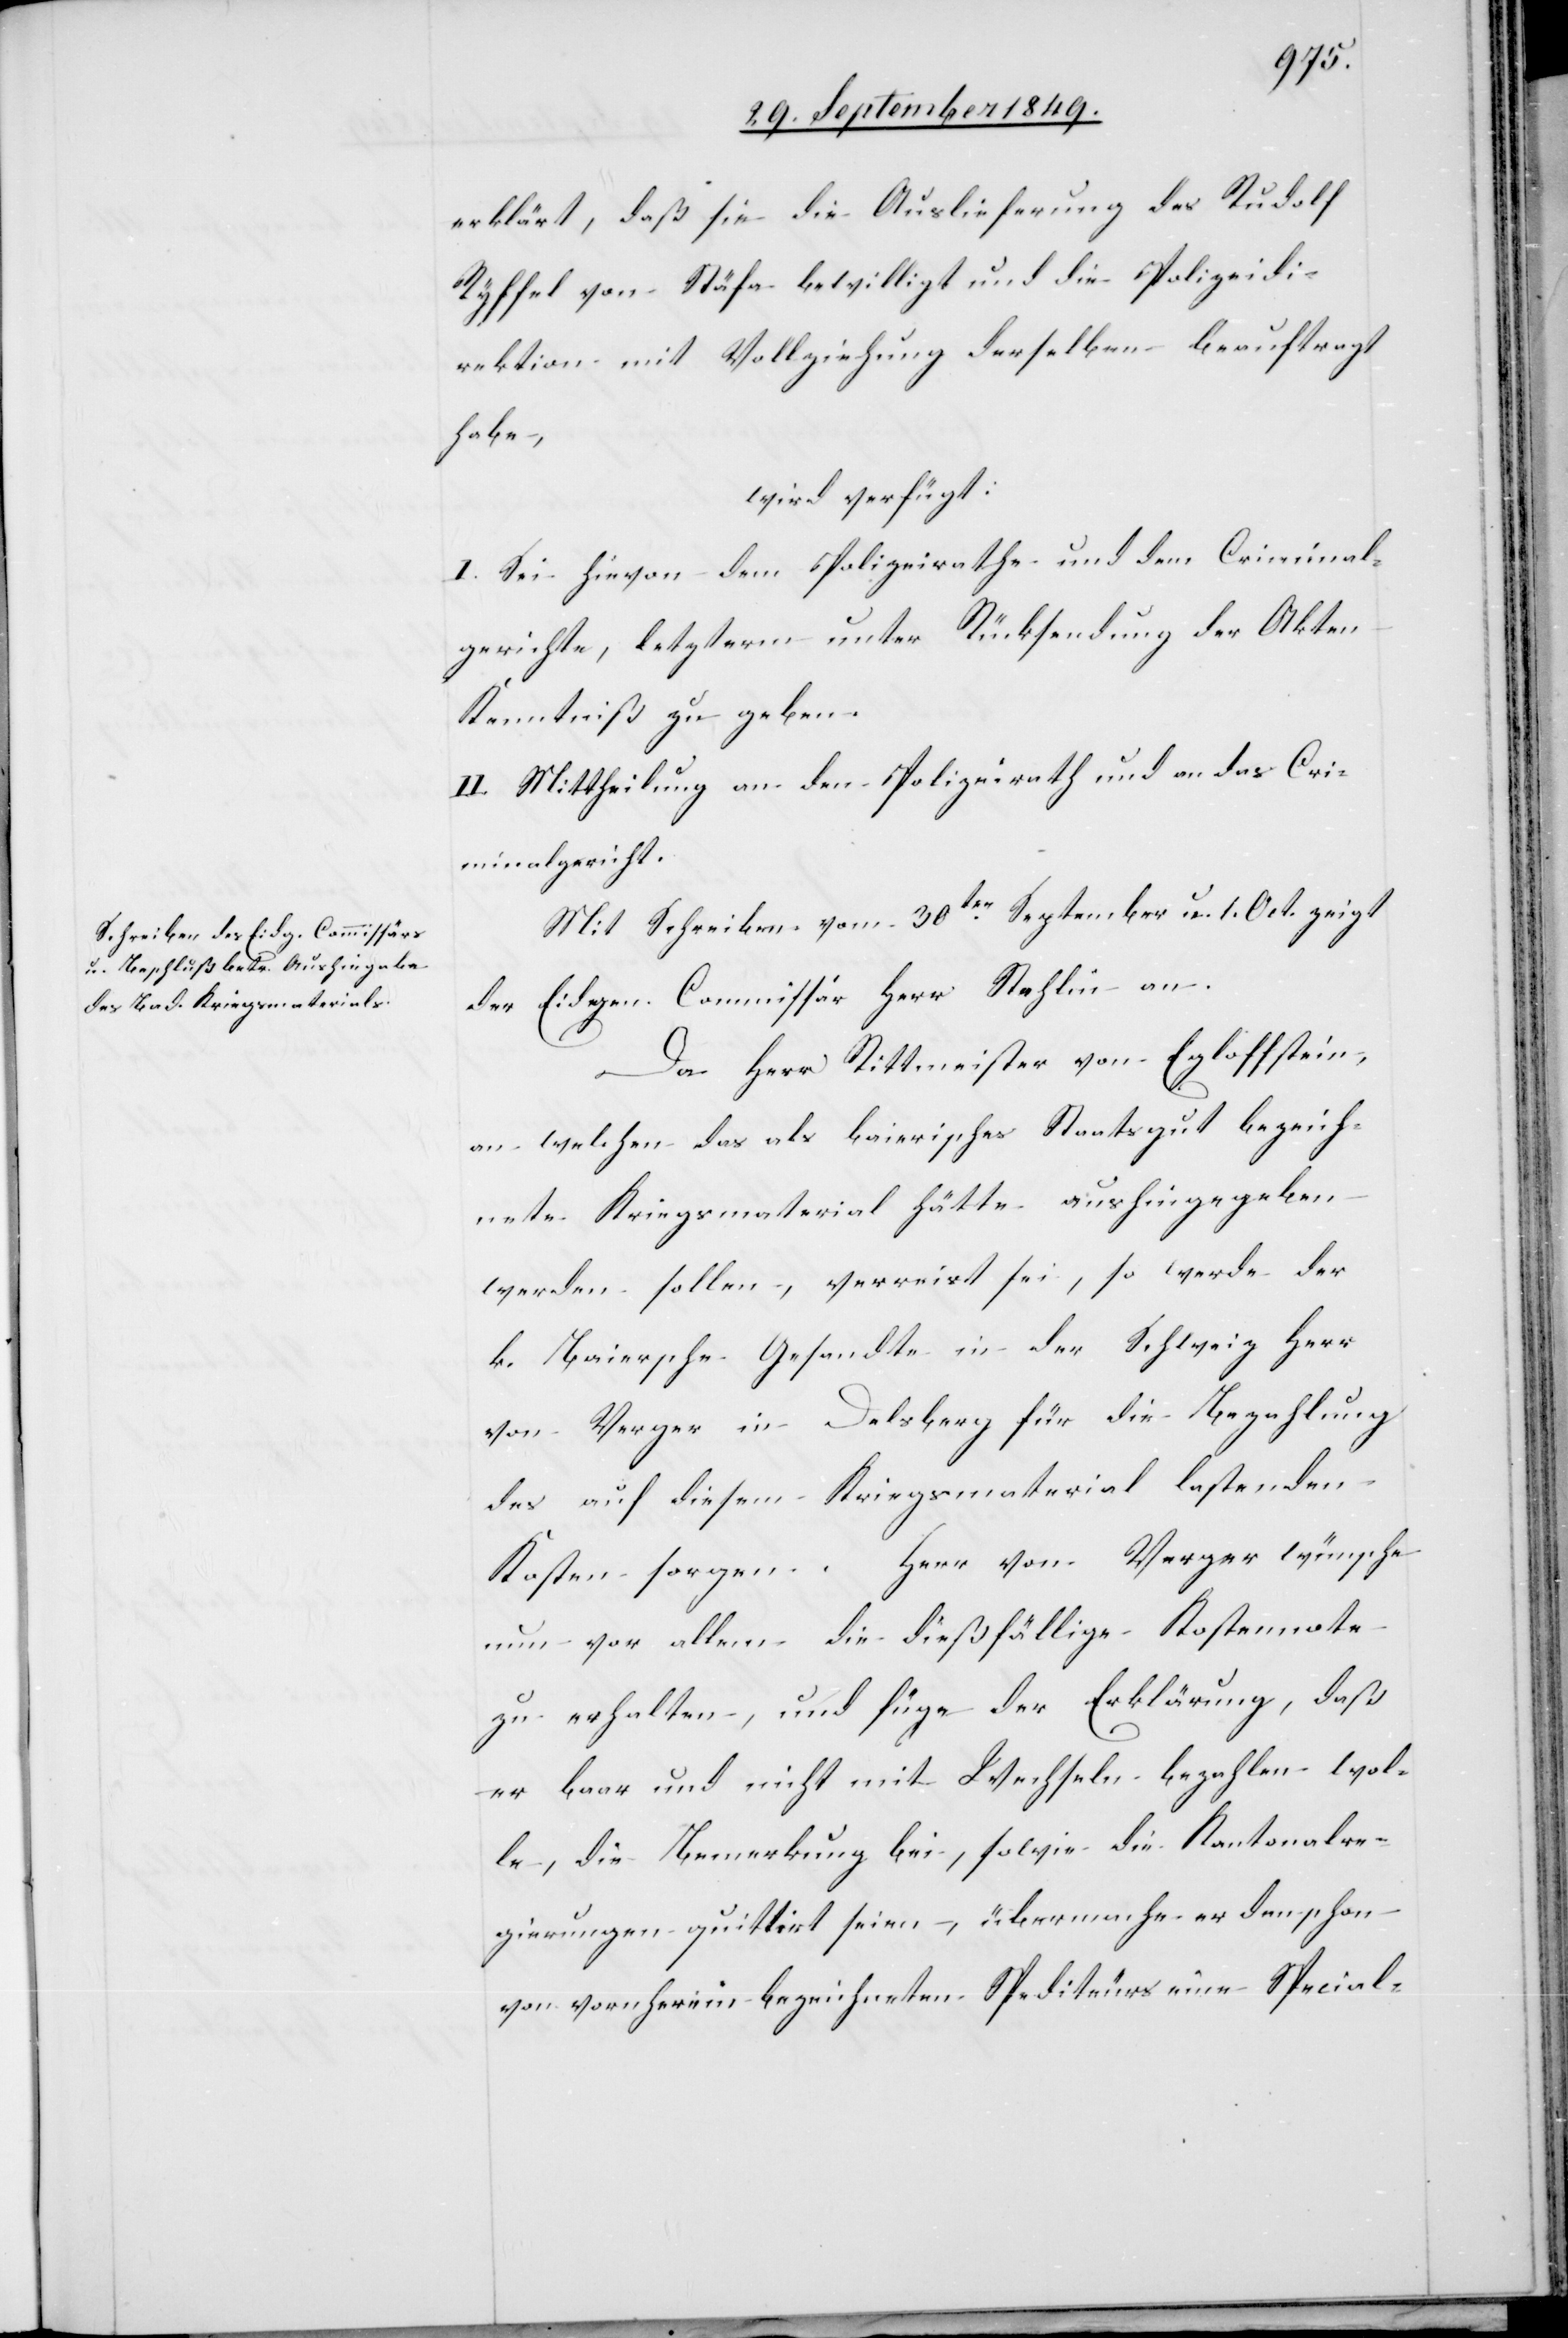
erklärt, daß sie die Auslieferung des Rudolf
Ryffel von Stäfa bewilligt und die Polizeidi¬
rektion mit Vollziehung derselben beauftragt
habe,
wird verfügt:
I. Sei hievon dem Polizeirathe und dem Criminal¬
gerichte, letzterm unter Rücksendung der Akten
Kenntniß zu geben.
II. Mittheilung an den Polizeirath und an das Cri¬
minalgericht.
Mit Schreiben vom 30ten September u. 1. Oct. zeigt
der Eidgen. Commissär Herr Stehlin an.
Da Herr Rittmeister von Egloffstein,
an welchen das als baierisches Staatsgut bezeich¬
nete Kriegsmaterial hätte aushingegeben
werden sollen, verreist sei, so werde der
k. Baiersche Gesandte in der Schweiz Herr
von Verger in Delsberg für die Bezahlung
des auf diesem Kriegsmaterial lastenden
Kosten sorgen. Herr von Verger wünsche
nun vor allem die dießfällige Kostennote
zu erhalten, und füge der Erklärung, daß
er baar und nicht mit Wechseln bezahlen wol¬
le, die Bemerkung bei, sowie die Kantonalre¬
gierungen quittirt seien, übermache er den schon
von vornherein bezeichneten Spediteurs eine Special-